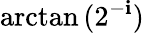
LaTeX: \arctan{(2^{-\mathbf{i}})}